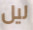
ليل